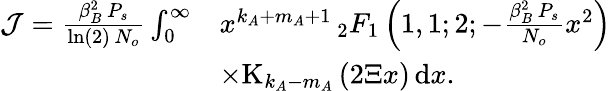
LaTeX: \begin{array}{rl}{\mathcal{J}=\frac{\beta_{B}^{2}\, P_{s}}{\ln(2)\, N_{o}}\int_{0}^{\infty}}&{x^{k_{A}+m_{A}+1}\, _{2}F_{1}\left(1,1;2;-\frac{\beta_{B}^{2}\, P_{s}}{N_{o}}x^{2}\right)}\\ &{\times\mathrm{K}_{k_{A}-m_{A}}\left(2\Xi x\right)\, \mathrm{d}x.}\end{array}